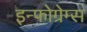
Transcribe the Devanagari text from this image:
इन्फोग्रेम्स